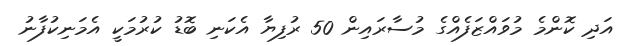
އަދި ކޮންމެ މުވައްޒަފެއްގެ މުސާރައިން 50 ރުފިޔާ އެކަނި ބޮޑު ކުރުމަކީ އެމަނިކުފާނު